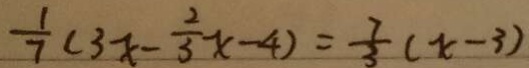
\frac { 1 } { 7 } ( 3 x - \frac { 2 } { 3 } x - 4 ) = \frac { 7 } { 3 } ( x - 3 )